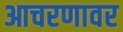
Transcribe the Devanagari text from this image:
आचरणावर